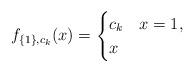
LaTeX: \begin{align*}f_{\{1\},c_k}(x)=\begin{cases}c_k & x=1,\\x & \end{cases}\end{align*}